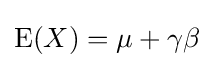
\operatorname {E} (X)=\mu +\gamma \beta